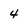
Character: 4